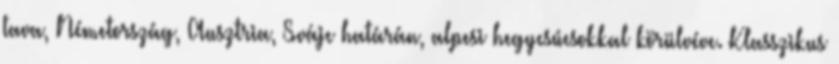
tava, Németország, Ausztria, Svájc határán, alpesi hegycsúcsokkal körülvéve. Klasszikus